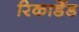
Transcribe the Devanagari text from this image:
रिकार्डेड